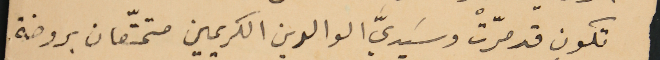
تكون قد مرّتْ وسَيديَّ الوالدين الكريمين متمتّعان بروضة